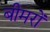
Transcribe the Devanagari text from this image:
बीमरों